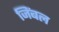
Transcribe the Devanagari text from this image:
जिंबल